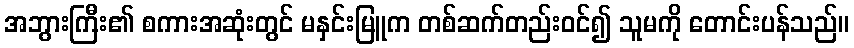
အဘွားကြီး၏ စကားအဆုံးတွင် မနှင်းမြူက တစ်ဆက်တည်းဝင်၍ သူမကို တောင်းပန်သည်။